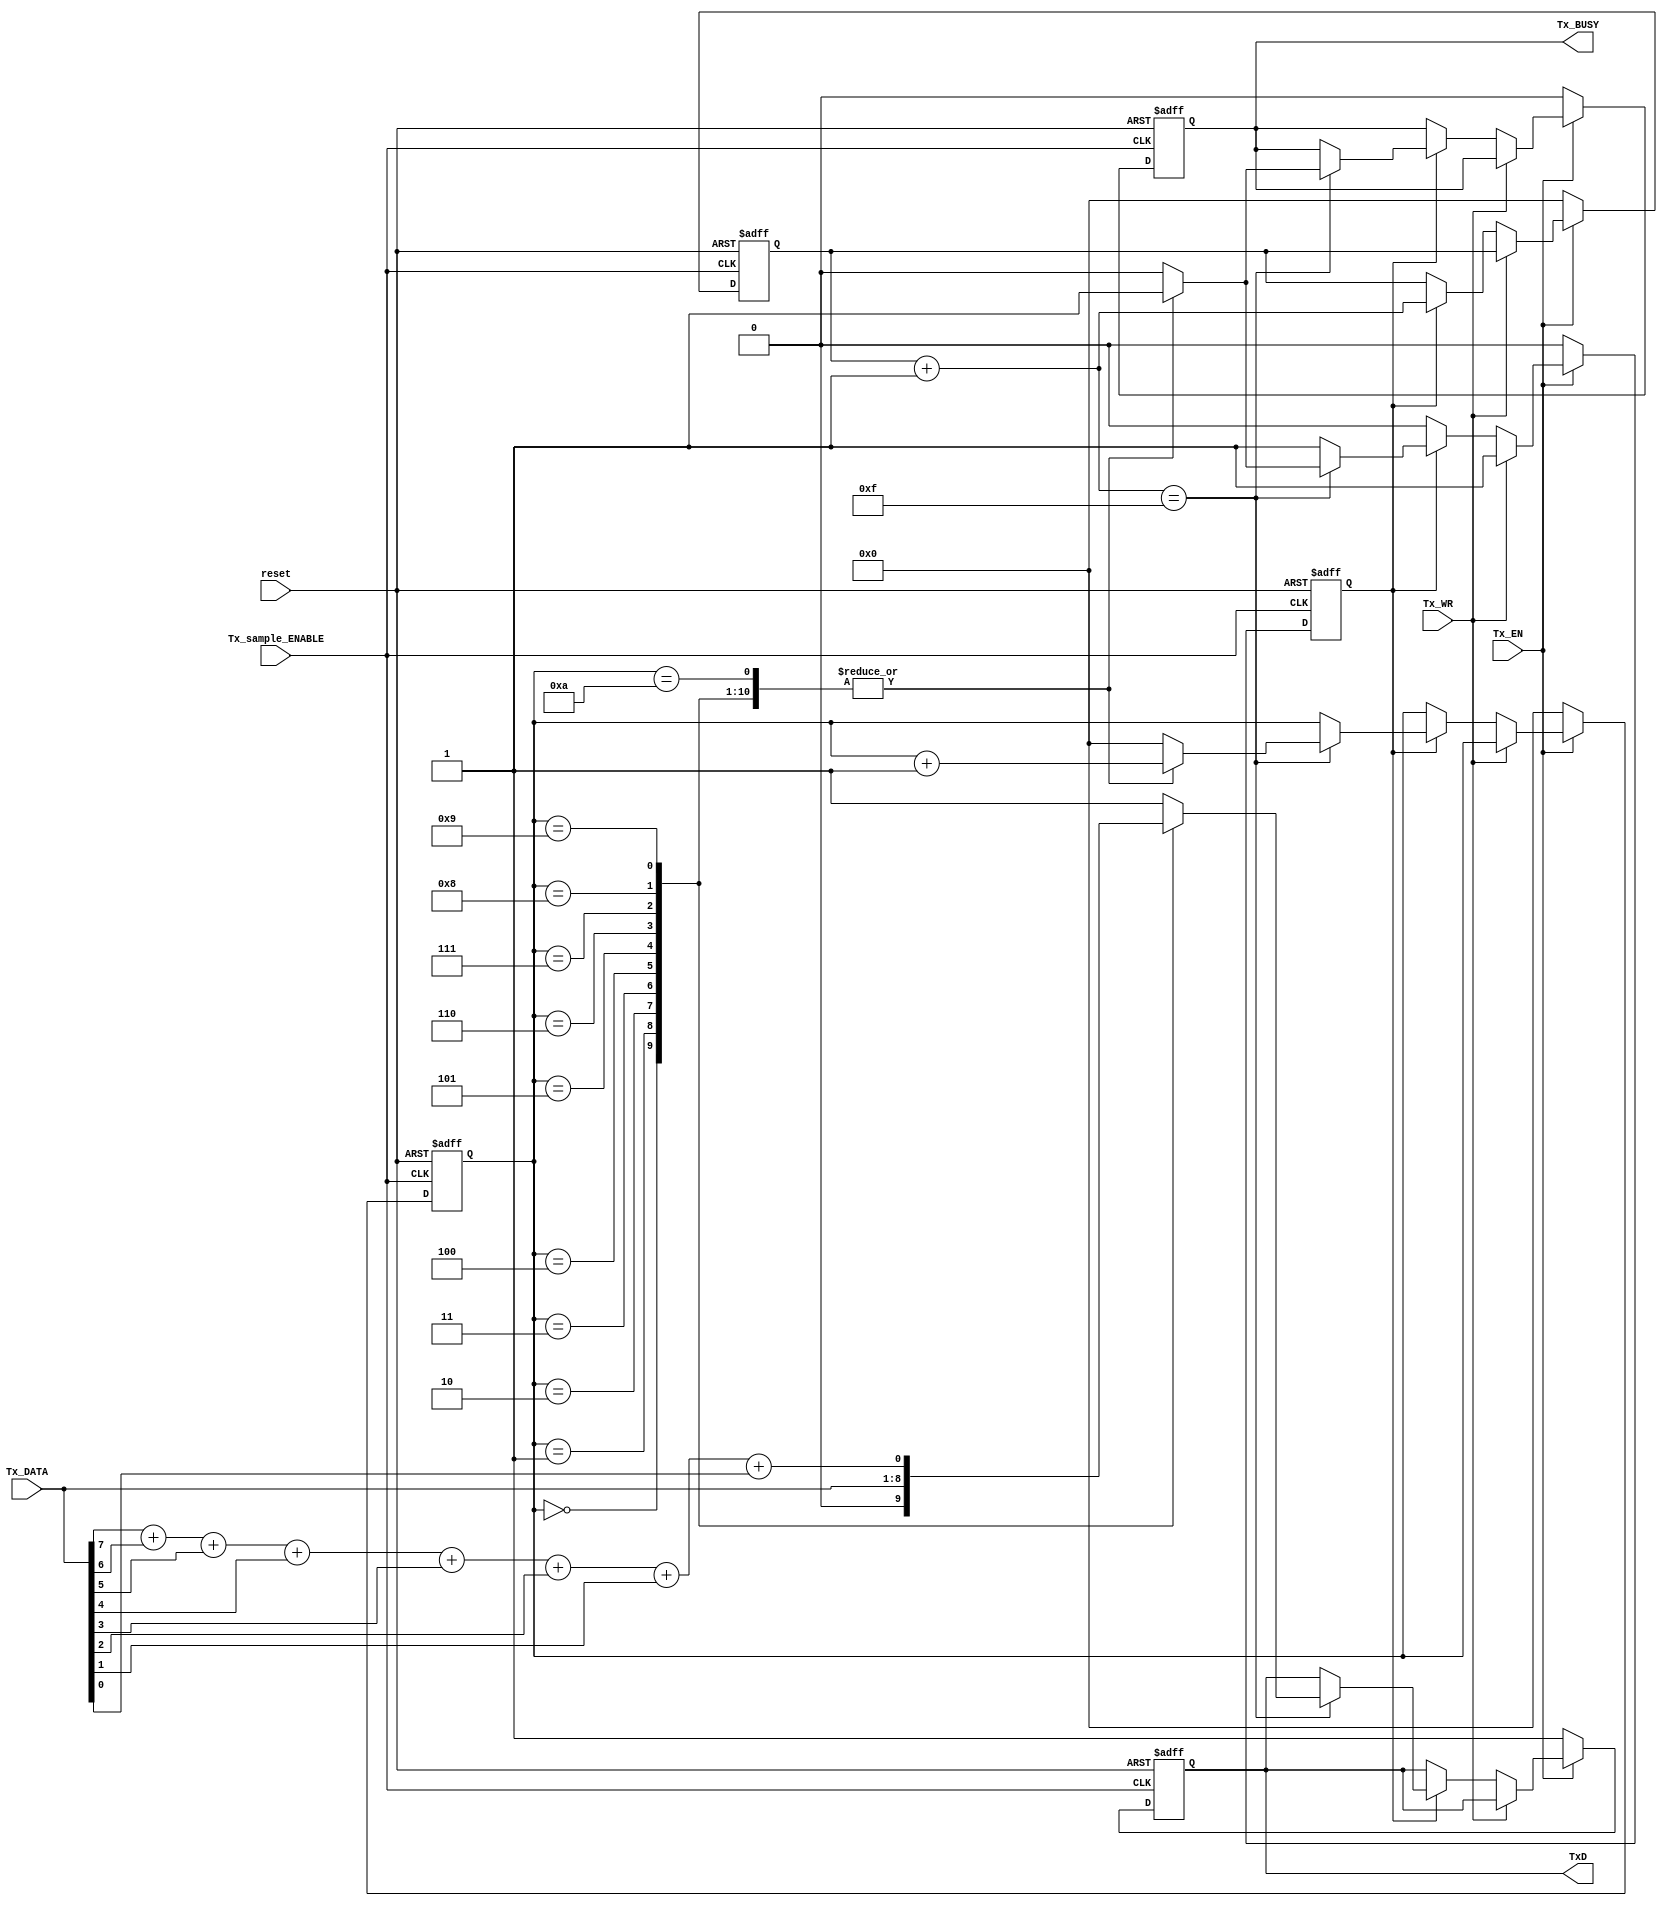
`timescale 1ns / 1ps
//////////////////////////////////////////////////////////////////////////////////
// Company: University of Thessaly
// 
// Design Name: 
// Module Name:    data_transfer 
// Project Name: 
// Target Devices: 
// Tool versions: 
// Description: 
//
// Dependencies: 
//
// Revision: 
// Revision 0.01 - File Created
// Additional Comments: 
//
//////////////////////////////////////////////////////////////////////////////////
module data_transfer(reset, Tx_sample_ENABLE, Tx_DATA, Tx_EN, Tx_WR, Tx_BUSY, TxD);

input reset;
input Tx_sample_ENABLE;
input [7:0] Tx_DATA;
input Tx_EN;
input Tx_WR;

output Tx_BUSY;
output TxD;

reg Tx_BUSY;
reg TxD;
reg [3:0] enable_counter;
reg [3:0] data_counter;
reg write_enable;

wire parity_bit;

assign parity_bit = Tx_DATA[7] + Tx_DATA[6] + Tx_DATA[5] + Tx_DATA[4] + Tx_DATA[3] + Tx_DATA[2] + Tx_DATA[1] + Tx_DATA[0];

always @(posedge reset or posedge Tx_sample_ENABLE)
begin
	if (reset)
	begin
		Tx_BUSY = 0;
		TxD = 1;
		enable_counter = 4'b0000;
		data_counter = 4'b0000;
		write_enable = 0;
	end
	else
	begin
		if (Tx_EN)
		begin
			if (Tx_WR)
			begin
				write_enable = 1;
			end
			else if (write_enable)
			begin
				enable_counter = enable_counter + 1;
				if (enable_counter == 4'b1111)
				begin
					case (data_counter)	
						4'b0000:					//start bit
						begin
							TxD = 0;
							Tx_BUSY = 1;
							data_counter = data_counter + 1;
						end
						4'b0001:					//1st symbol character
						begin
							TxD = Tx_DATA[7];
							Tx_BUSY = 1;
							data_counter = data_counter + 1;
						end
						4'b0010:					//2nd symbol character
						begin
							TxD = Tx_DATA[6];
							Tx_BUSY = 1;
							data_counter = data_counter + 1;
						end
						4'b0011:					//3rd symbol character
						begin
							TxD = Tx_DATA[5];
							Tx_BUSY = 1;
							data_counter = data_counter + 1;
						end
						4'b0100:					//4th symbol character
						begin
							TxD = Tx_DATA[4];
							Tx_BUSY = 1;
							data_counter = data_counter + 1;
						end
						4'b0101:					//5th symbol character
						begin
							TxD = Tx_DATA[3];
							Tx_BUSY = 1;
							data_counter = data_counter + 1;
						end
						4'b0110:					//6th symbol character
						begin
							TxD = Tx_DATA[2];
							Tx_BUSY = 1;
							data_counter = data_counter + 1;
						end
						4'b0111:					//7th symbol character
						begin
							TxD = Tx_DATA[1];
							Tx_BUSY = 1;
							data_counter = data_counter + 1;
						end
						4'b1000:					//8th symbol character
						begin
							TxD = Tx_DATA[0];
							Tx_BUSY = 1;
							data_counter = data_counter + 1;
						end
						4'b1001:					//parity bit
						begin
							TxD = parity_bit;
							Tx_BUSY = 1;
							data_counter = data_counter + 1;
						end
						4'b1010:					//stop bit
						begin
							TxD = 1;
							Tx_BUSY = 1;
							data_counter = data_counter + 1;
						end
						default:
						begin
							data_counter = 4'b0000;					//data_counter returns to its initial value
							TxD = 1;
							Tx_BUSY = 0;
							write_enable = 0;
						end			
					endcase
				end
			end
		end
		else 
		begin
			Tx_BUSY = 0;
			TxD = 1;
			enable_counter = 4'b0000;
			data_counter = 4'b0000;
			write_enable = 0;
		end
	end
	
	
end






/*
always @(posedge Tx_sample_ENABLE or posedge reset)
begin
	if (reset)
	begin
		enable_counter = 4'b0000;
		data_counter = 4'b0000;
		Tx_BUSY = 0;
		TxD = 1;
		write_enable = 0;
	end
	else
	begin
		if (Tx_EN)
		begin
			if (Tx_WR)										//when Tx_WR = 1
			begin
				write_enable = 1;
				if (write_enable)
				begin
					if (Tx_sample_ENABLE)
					begin
						if (enable_counter == 4'b1111)		//16 sample_ENABLE circles
						begin
							parity_bit = Tx_DATA[7] + Tx_DATA[6] + Tx_DATA[5] + Tx_DATA[4] + Tx_DATA[3] + Tx_DATA[2] + Tx_DATA[1] + Tx_DATA[0];
							case (data_counter)	
								4'b0000:					//start bit
								begin
									TxD = 0;
									Tx_BUSY = 1;
									data_counter = data_counter + 1;
								end
								4'b0001:					//1st symbol character
								begin
									TxD = Tx_DATA[7];
									Tx_BUSY = 1;
									data_counter = data_counter + 1;
								end
								4'b0010:					//2nd symbol character
								begin
									TxD = Tx_DATA[6];
									Tx_BUSY = 1;
									data_counter = data_counter + 1;
								end
								4'b0011:					//3rd symbol character
								begin
									TxD = Tx_DATA[5];
									Tx_BUSY = 1;
									data_counter = data_counter + 1;
								end
								4'b0100:					//4th symbol character
								begin
									TxD = Tx_DATA[4];
									Tx_BUSY = 1;
									data_counter = data_counter + 1;
								end
								4'b0101:					//5th symbol character
								begin
									TxD = Tx_DATA[3];
									Tx_BUSY = 1;
									data_counter = data_counter + 1;
								end
								4'b0110:					//6th symbol character
								begin
									TxD = Tx_DATA[2];
									Tx_BUSY = 1;
									data_counter = data_counter + 1;
								end
								4'b0111:					//7th symbol character
								begin
									TxD = Tx_DATA[1];
									Tx_BUSY = 1;
									data_counter = data_counter + 1;
								end
								4'b1000:					//8th symbol character
								begin
									TxD = Tx_DATA[0];
									Tx_BUSY = 1;
									data_counter = data_counter + 1;
								end
								4'b1001:					//parity bit
								begin
									TxD = parity_bit;
									Tx_BUSY = 1;
									data_counter = data_counter + 1;
								end
								4'b1010:					//stop bit
								begin
									TxD = 1;
									Tx_BUSY = 1;
									data_counter = data_counter + 1;
								end
								default:
								begin
									data_counter = 4'b0000;					//data_counter returns to its initial value
									TxD = 1;
									Tx_BUSY = 0;
								end			
							endcase
							enable_counter = 4'b0000;			//enable_counter returns to its initial value
						end			
						else
						begin
						enable_counter = enable_counter + 1;	
						end
					end
					else
					begin 
						enable_counter = 4'b0000;
						data_counter = 4'b0000;
						TxD = 1;
						Tx_BUSY = 0;
					end
				end
			end
			else
			begin
				write_enable = 0;
			end
			end
			else
			begin
				enable_counter = 4'b0000;
				data_counter = 4'b0000;
				Tx_BUSY = 0;
				TxD = 1;
				write_enable = 0;
			end
		end
	end
*/

endmodule